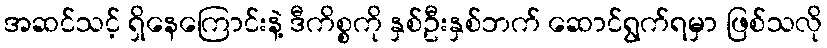
အဆင်သင့် ရှိနေကြောင်းနဲ့ ဒီကိစ္စကို နှစ်ဦးနှစ်ဘက် ဆောင်ရွက်ရမှာ ဖြစ်သလို